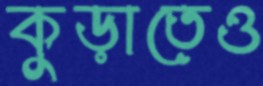
কুড়াতেও